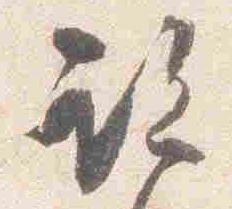
期